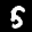
Label: 5